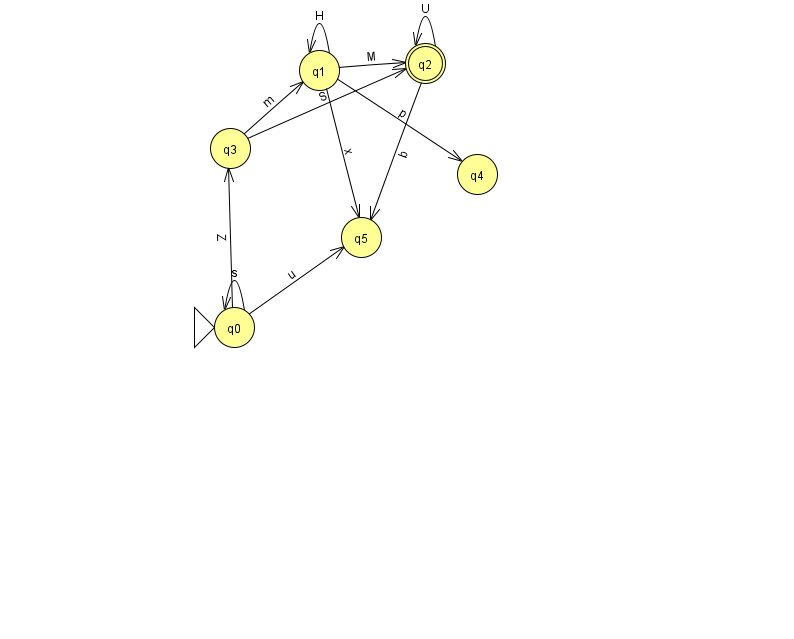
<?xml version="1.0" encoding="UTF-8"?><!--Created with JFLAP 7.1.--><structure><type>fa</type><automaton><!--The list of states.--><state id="0" name="q0"><x>234.0</x><y>314.0</y><initial/></state><state id="1" name="q1"><x>319.0</x><y>57.0</y></state><state id="2" name="q2"><x>425.0</x><y>50.0</y><final/></state><state id="3" name="q3"><x>230.0</x><y>135.0</y></state><state id="4" name="q4"><x>477.0</x><y>161.0</y></state><state id="5" name="q5"><x>361.0</x><y>224.0</y></state><!--The list of transitions.--><transition><from>0</from><to>3</to><read>Z</read></transition><transition><from>0</from><to>0</to><read>s</read></transition><transition><from>2</from><to>2</to><read>U</read></transition><transition><from>3</from><to>1</to><read>m</read></transition><transition><from>0</from><to>5</to><read>u</read></transition><transition><from>1</from><to>4</to><read>p</read></transition><transition><from>2</from><to>5</to><read>b</read></transition><transition><from>1</from><to>1</to><read>H</read></transition><transition><from>1</from><to>2</to><read>M</read></transition><transition><from>1</from><to>5</to><read>x</read></transition><transition><from>3</from><to>2</to><read>S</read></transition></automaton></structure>